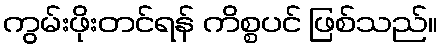
ကွမ်းဖိုးတင်ရန် ကိစ္စပင် ဖြစ်သည်။